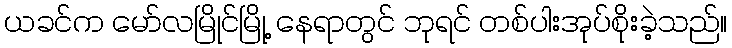
ယခင်က မော်လမြိုင်မြို့ နေရာတွင် ဘုရင် တစ်ပါးအုပ်စိုးခဲ့သည်။